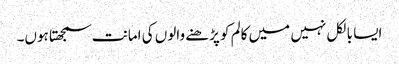
ایسا بالکل نہیں میں کالم کو پڑھنے والوں کی امانت سمجھتا ہوں۔